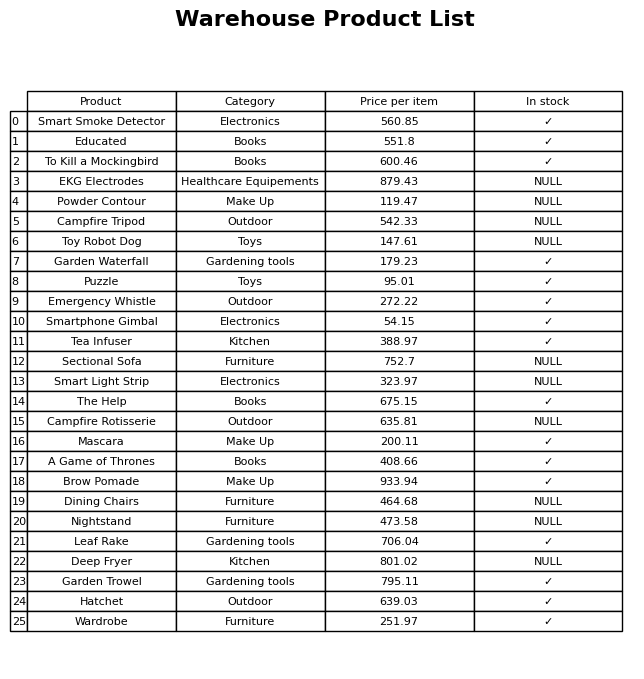
question: What is the price for Campfire Tripod?
answer: The price of Campfire Tripod is 542.33.